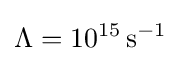
\Lambda =10^{15}\,\mathrm {s} ^{-1}